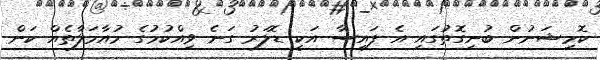
ކޮމިޝަނުން ބުނިގޮތުގައި އެ ފައިސާ އަކީ ޑޮލަރު ގަނެ ވިއްކުމުގެ މުއާމަލާތެއް ކަން